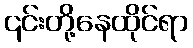
၎င်းတို့နေထိုင်ရာ